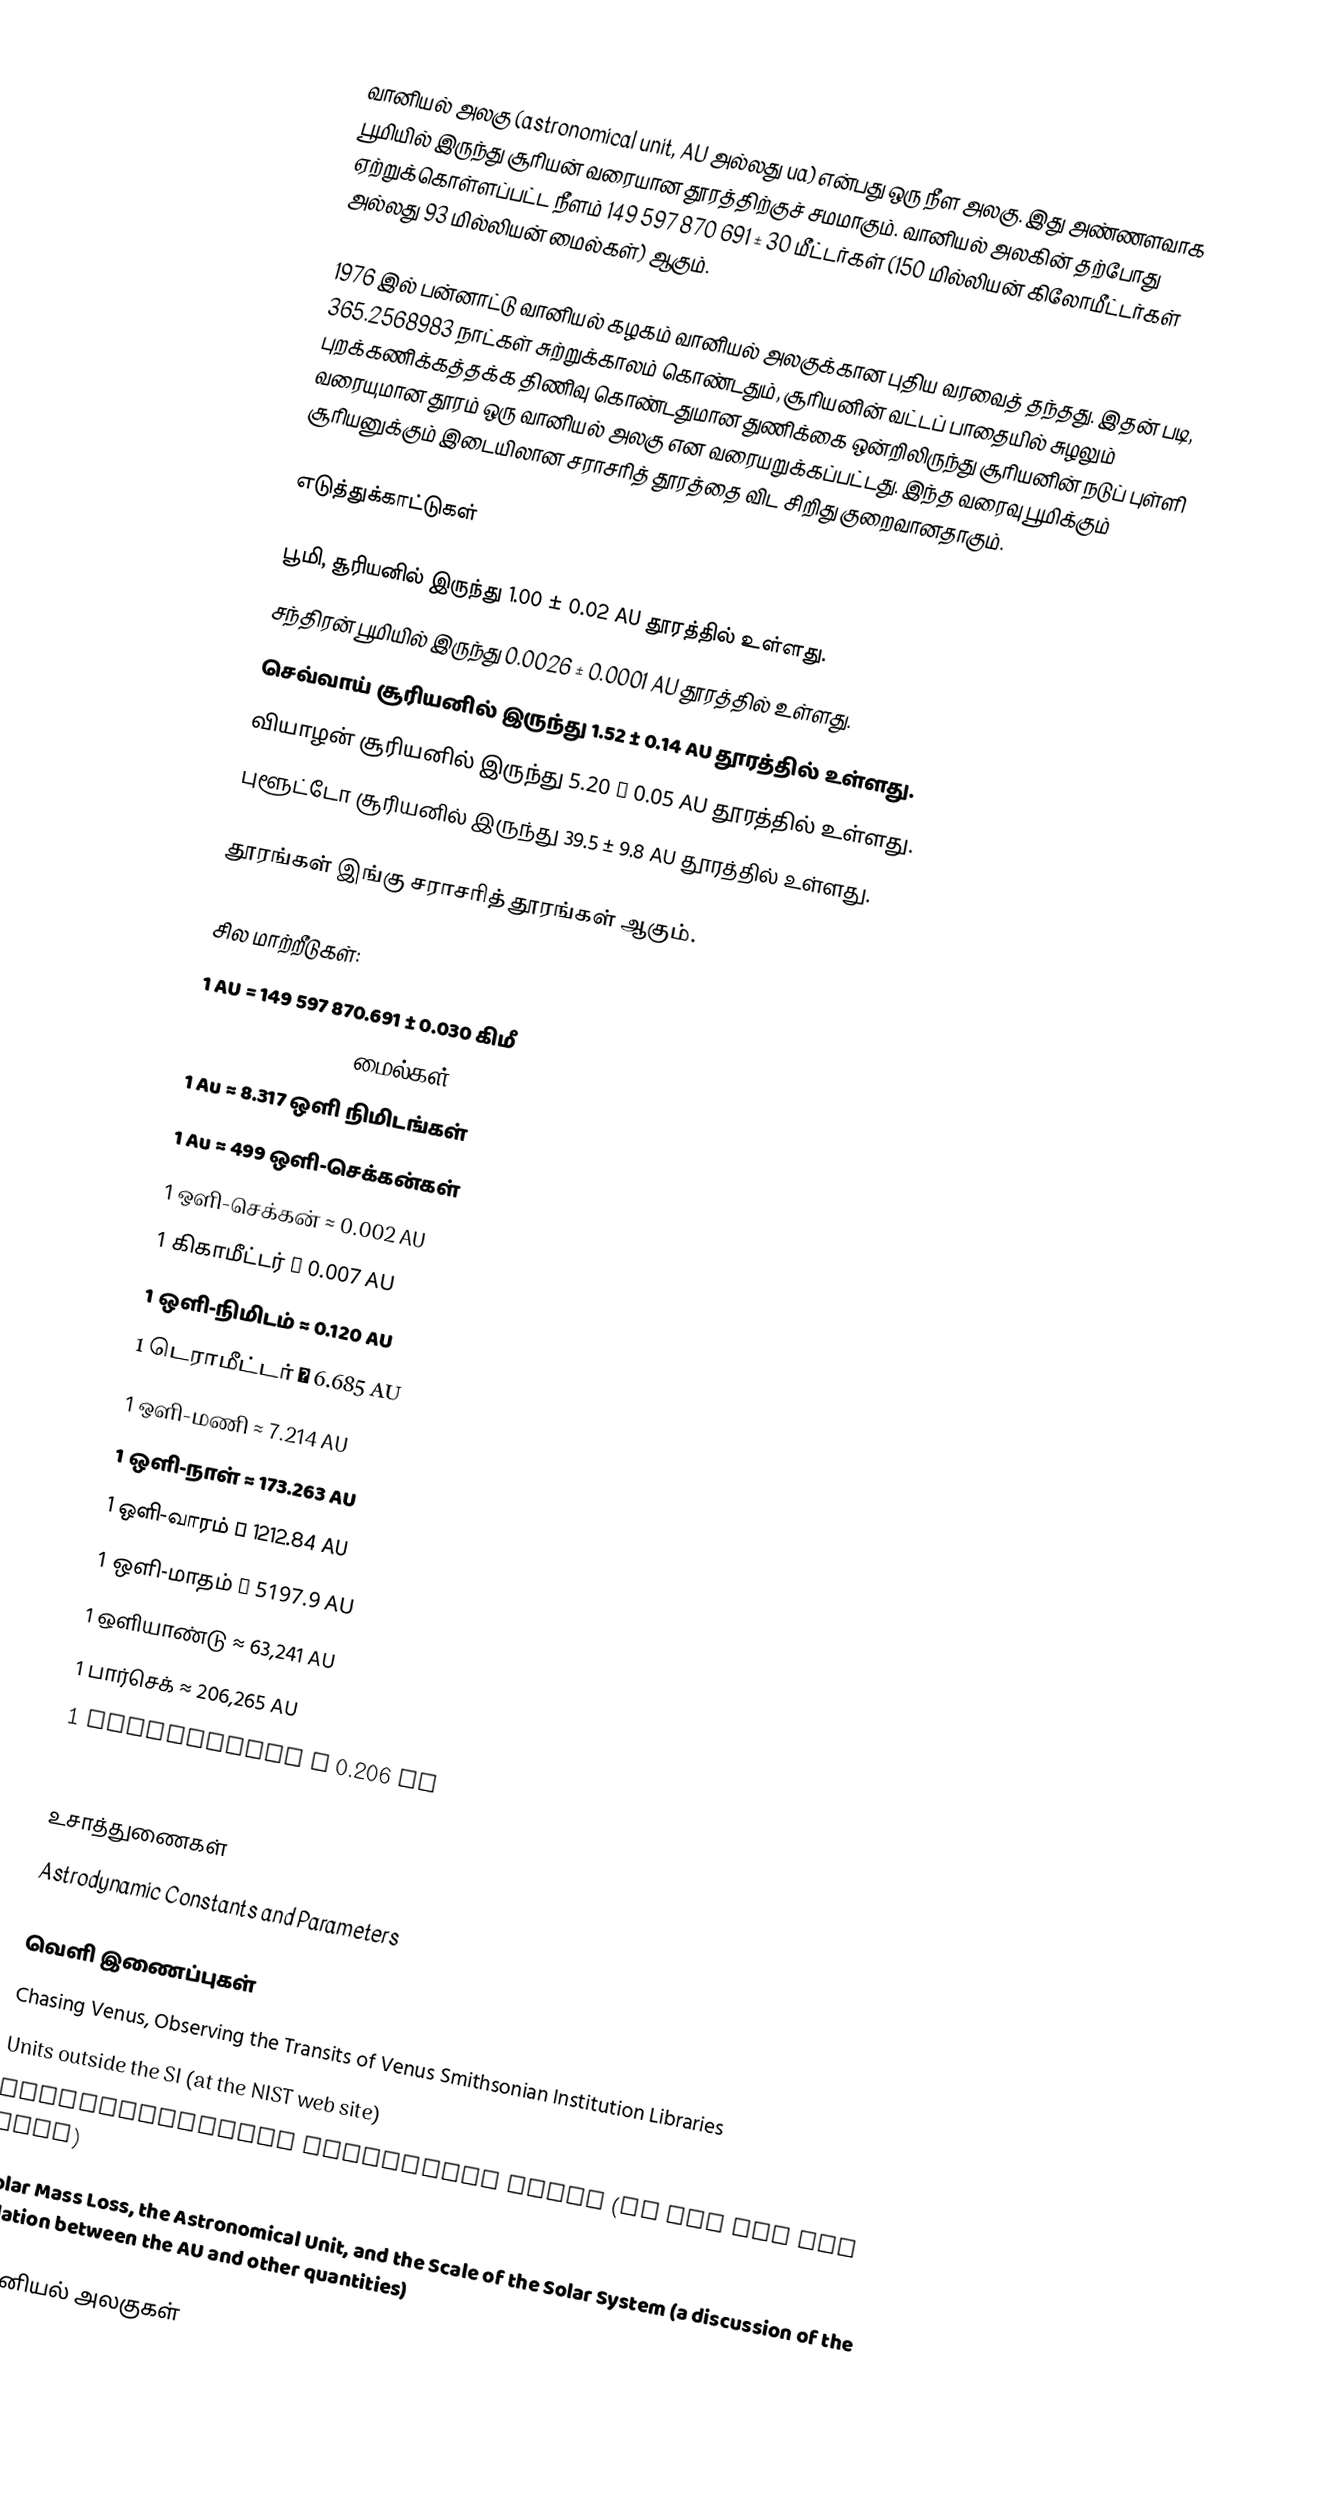
வானியல் அலகு (astronomical unit, AU அல்லது ua) என்பது ஒரு நீள அலகு. இது அண்ணளவாக பூமியில் இருந்து சூரியன் வரையான தூரத்திற்குச் சமமாகும். வானியல் அலகின் தற்போது ஏற்றுக்கொள்ளப்பட்ட நீளம் 149 597 870 691 ± 30 மீட்டர்கள் (150 மில்லியன் கிலோமீட்டர்கள் அல்லது 93 மில்லியன் மைல்கள்) ஆகும்.

1976 இல் பன்னாட்டு வானியல் கழகம் வானியல் அலகுக்கான புதிய வரவைத் தந்தது. இதன் படி, 365.2568983 நாட்கள் சுற்றுக்காலம் கொண்டதும், சூரியனின் வட்டப் பாதையில் சுழலும் புறக்கணிக்கத்தக்க திணிவு கொண்டதுமான துணிக்கை ஒன்றிலிருந்து சூரியனின் நடுப் புள்ளி வரையுமான தூரம் ஒரு வானியல் அலகு என வரையறுக்கப்பட்டது. இந்த வரைவு பூமிக்கும் சூரியனுக்கும் இடையிலான சராசரித் தூரத்தை விட சிறிது குறைவானதாகும்.

எடுத்துக்காட்டுகள்

 பூமி, சூரியனில் இருந்து 1.00 ± 0.02 AU தூரத்தில் உள்ளது.
 சந்திரன் பூமியில் இருந்து 0.0026 ± 0.0001 AU தூரத்தில் உள்ளது.
 செவ்வாய் சூரியனில் இருந்து 1.52 ± 0.14 AU தூரத்தில் உள்ளது.
 வியாழன் சூரியனில் இருந்து 5.20 ± 0.05 AU தூரத்தில் உள்ளது.
 புளூட்டோ சூரியனில் இருந்து 39.5 ± 9.8 AU தூரத்தில் உள்ளது.

தூரங்கள் இங்கு சராசரித் தூரங்கள் ஆகும்.

சில மாற்றீடுகள்:
 1 AU = 149 597 870.691 ± 0.030 கிமீ
 1 Au ≈ 92 955 807 மைல்கள்
 1 Au ≈ 8.317 ஒளி நிமிடங்கள்
 1 Au ≈ 499 ஒளி-செக்கன்கள்
 1 ஒளி-செக்கன் ≈ 0.002 AU
 1 கிகாமீட்டர் ≈ 0.007 AU
 1 ஒளி-நிமிடம் ≈ 0.120 AU
 1 டெராமீட்டர் ≈ 6.685 AU
 1 ஒளி-மணி ≈ 7.214 AU
 1 ஒளி-நாள் ≈ 173.263 AU
 1 ஒளி-வாரம் ≈ 1212.84 AU
 1 ஒளி-மாதம் ≈ 5197.9 AU
 1 ஒளியாண்டு ≈ 63,241 AU
 1 பார்செக் ≈ 206,265 AU
 1 microparsec ≈ 0.206 AU
 1 milliparsec ≈ 206.265 AU

உசாத்துணைகள்
 Astrodynamic Constants and Parameters

வெளி இணைப்புகள்
 Chasing Venus, Observing the Transits of Venus Smithsonian Institution Libraries
 Units outside the SI (at the NIST web site)
 Recommendations concerning Units  (at the IAU web site)
 Solar Mass Loss, the Astronomical Unit, and the Scale of the Solar System (a discussion of the relation between the AU and other quantities)

வானியல் அலகுகள்